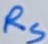
Text: RS